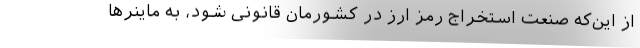
از این‌که صنعت استخراج رمز ارز در کشورمان قانونی شود، به ماینرها